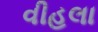
વીહલા